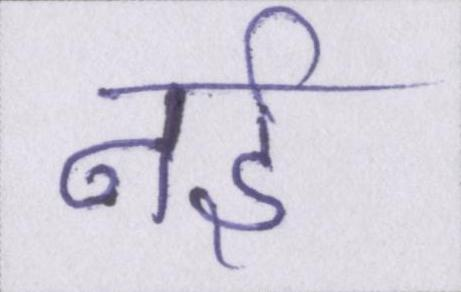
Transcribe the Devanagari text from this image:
नई